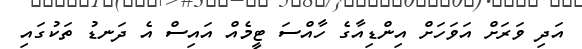
އަދި ވަރަށް އަވަހަށް އިންޑިއާގެ ހާއްސަ ޓީމެއް އައިސް އެ ދަނޑު ތަކުގައި